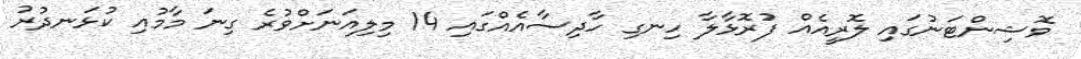
ވޮޝިންޓަނުގައި ލޮރީއެއް ފުރޮޅާލާ ހިނގި ހާދިސާއެއްގައި 14 މިލިއަނަށްވުރެ ގިނަ މާމުއި ކުޅަނދުރު